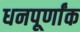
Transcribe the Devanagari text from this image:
धनपूर्णांक